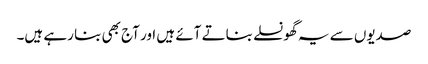
صدیوں سے یہ گھونسلے بناتے آئے ہیں اور آج بھی بنا رہے ہیں۔